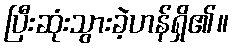
ပြီးဆုံးသွားခဲ့ဟန်ရှိ၏။